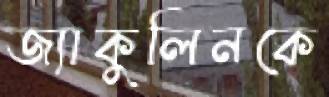
জ্যাকুলিনকে